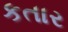
કતાર